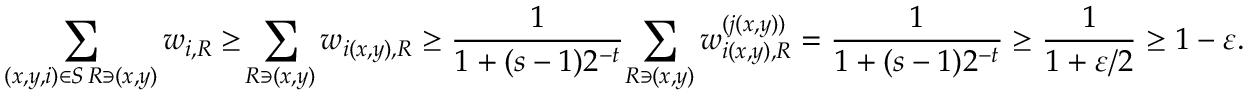
\sum _ { \substack { ( x , y , i ) \in S \, R \ni ( x , y ) } } w _ { i , R } \ge \! \sum _ { R \ni ( x , y ) } w _ { i ( x , y ) , R } \ge \frac { 1 } { 1 + ( s - 1 ) 2 ^ { - t } } \! \sum _ { R \ni ( x , y ) } w _ { i ( x , y ) , R } ^ { ( j ( x , y ) ) } = \frac { 1 } { 1 + ( s - 1 ) 2 ^ { - t } } \ge \frac { 1 } { 1 + \varepsilon / 2 } \ge 1 - \varepsilon .